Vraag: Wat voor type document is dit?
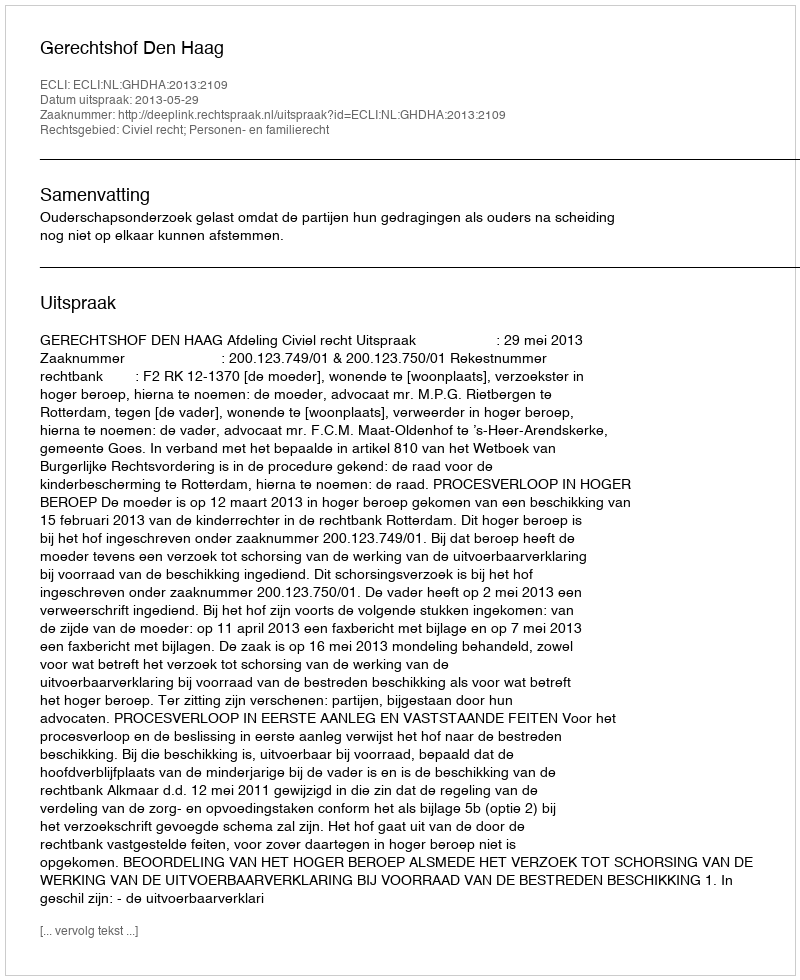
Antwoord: Uitspraak